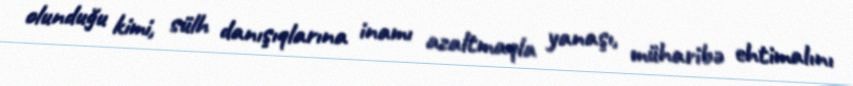
olunduğu kimi, sülh danışıqlarına inamı azaltmaqla yanaşı, müharibə ehtimalını